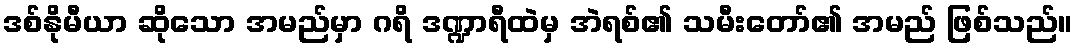
ဒစ်နိုမီယာ ဆိုသော အမည်မှာ ဂရိ ဒဏ္ဍာရီထဲမှ အဲရစ်၏ သမီးတော်၏ အမည် ဖြစ်သည်။